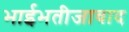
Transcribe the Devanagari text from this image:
भाईभतीजावाद